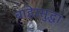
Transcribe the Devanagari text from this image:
बाहेरसुद्धा